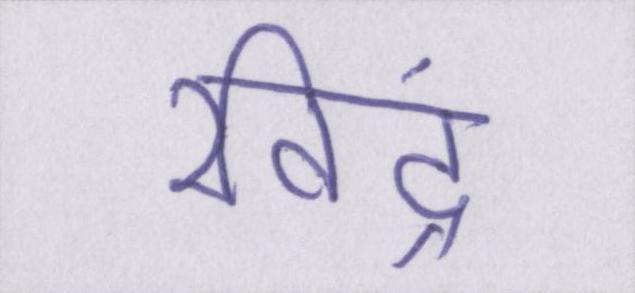
रविंद्र